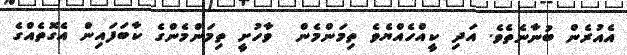
އެއުރެން ބުނާނެތެވެ. އަދި ކީއްހެއްޔެވެ ތިމަންމެން  ވާހުށީ ތިމަންމެންގެ ކާބަފައިން އެގޮތެއްގެ